Civil Veterinary Dept. North-West Frontier Province 1933-46 - 1933-1946
Year: 1933
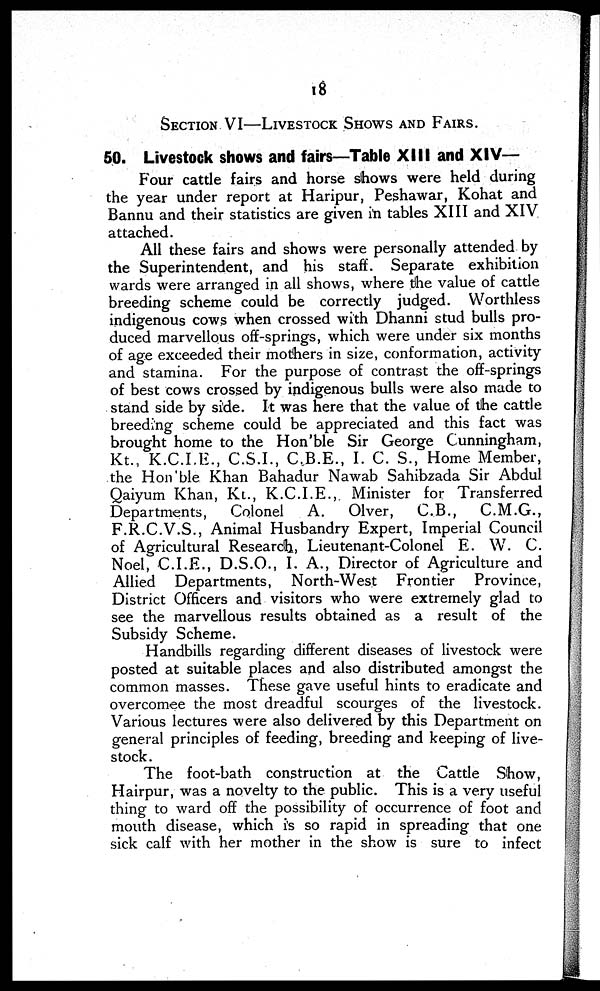
18
SECTION VI—LLIVESTOCK SHOWS AND FAIRS.
50. Livestock shows and fairs—Table XIII and XIV—
Four cattle fairs and horse shows were held during
the year under report at Haripur, Peshawar, Kohat and
Bannu and their statistics are given in tables XIII and XIV
attached.
All these fairs and shows were personally attended by
the Superintendent, and his staff. Separate exhibition
wards were arranged in all shows, where the value of cattle
breeding scheme could be correctly judged. Worthless
indigenous cows when crossed with Dhanni stud bulls pro-
duced marvellous off-springs, which were under six months
of age exceeded their mothers in size, conformation, activity
and stamina. For the purpose of contrast the off-springs
of best cows crossed by indigenous bulls were also made to
stand side by side. It was here that the value of the cattle
breeding scheme could be appreciated and this fact was
brought home to the Hon'ble Sir George Cunningham,
Kt., K.C.I.E., C.S.I., C.B.E., I. C. S., Home Member,
the Hon'ble Khan Bahadur Nawab Sahibzada Sir Abdul
Qaiyum Khan, Kt., K.C.I.E., Minister for Transferred
Departments,
Colonel
A.
Olver,
C.B.,
C.M.G.,
F.R.C.V.S., Animal Husbandry Expert, Imperial Council
of Agricultural Research, Lieutenant-Colonel E. W. C.
Noel, C.I.E., D.S.O., I. A., Director of Agriculture and
Allied Departments, North-West Frontier
Province,
District Officers and visitors who were extremely glad to
see the marvellous results obtained as a result of the
Subsidy Scheme.
Handbills regarding different diseases of livestock were
posted at suitable places and also distributed amongst the
common masses. These gave useful hints to eradicate and
overcomee the most dreadful scourges of the livestock.
Various lectures were also delivered by this Department on
general principles of feeding, breeding and keeping of live-
stock.
The foot-bath construction at the Cattle Show,
Hairpur, was a novelty to the public. This is a very useful
thing to ward off the possibility of occurrence of foot and
mouth disease, which is so rapid in spreading that one
sick calf with her mother in the show is sure to infect